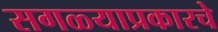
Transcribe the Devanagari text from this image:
सगळ्याप्रकारचे